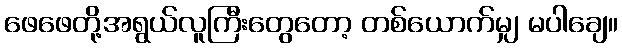
ဖေဖေတို့အရွယ်လူကြီးတွေတော့ တစ်ယောက်မျှ မပါချေ။